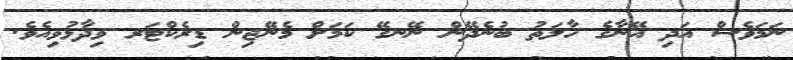
ނަމަވެސް އަދި އޭނާގެ ހާލަތު ބުނެދޭން ނޭނގޭ ކަމަށް މެނޭޖިން ޑިރެކްޓަރ ވިދާޅުވިއެވެ.